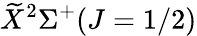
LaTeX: \widetilde{X}^{2}\Sigma^{+}(J=1/2)